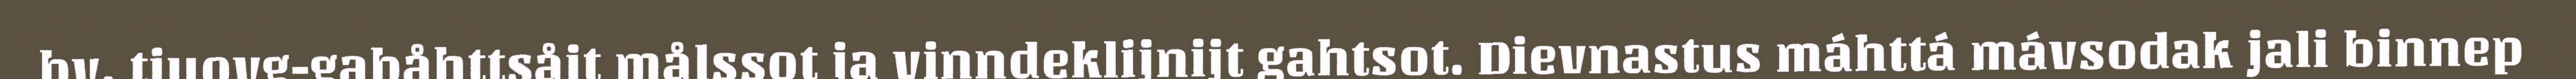
bv. tjuovg-gabåhttsåjt målssot ja vinndeklijnijt gahtsot. Dievnastus máhttá mávsodak jali binnep